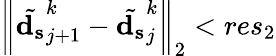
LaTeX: {\left\| \tilde{\mathbf{d_{s}}}_{j+1}^{k}-\tilde{\mathbf{d_{s}}}_{j}^{k}\right\| }_{2}<res_{2}